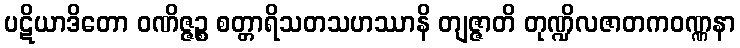
ပဋိယာဒိတော ဝဏိဇ္ဇဉ္စ စတ္တာရိသတသဟဿာနိ တျဇ္ဇာတိ တုဏ္ဍိလဇာတကဝဏ္ဏနာ